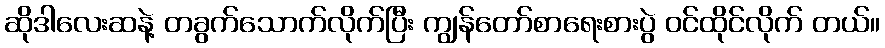
ဆိုဒါလေးဆနဲ့ တခွက်သောက်လိုက်ပြီး ကျွန်တော်စာရေးစားပွဲ ဝင်ထိုင်လိုက် တယ်။